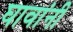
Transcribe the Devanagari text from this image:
घावांनी